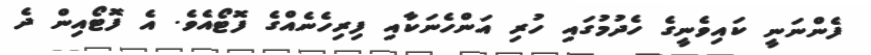
ފެންނަނީ ކައިވެނީގެ ހެދުމުގައި ހުރި އަންހެނަކާއި ފިރިހެނެއްގެ ފޮޓޯއެވެ. އެ ފޮޓޯއިން ދެ